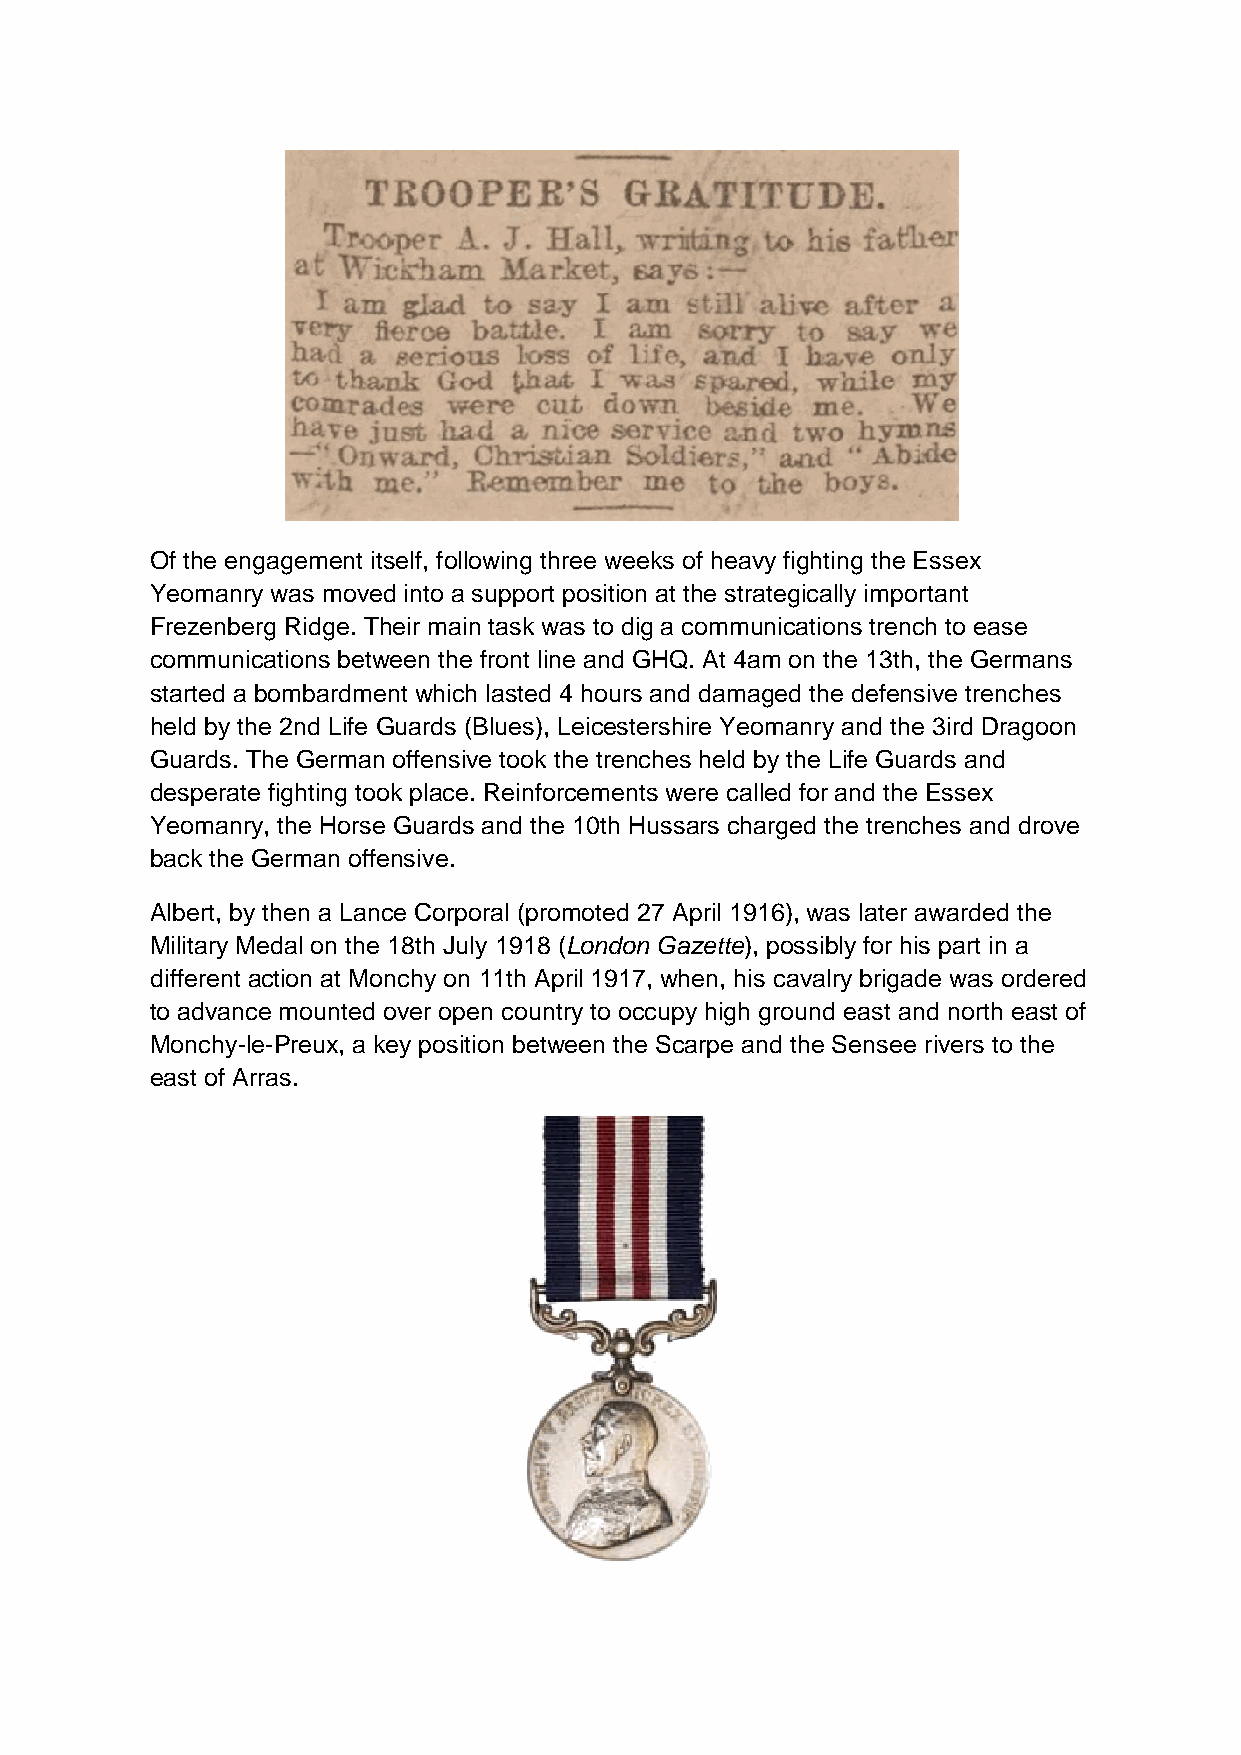
Of the engagement itself, following three weeks of heavy fighting the Essex
 Yeomanry was moved into a support position at the strategically important
 Frezenberg Ridge. Their main task was to dig a communications trench to ease
 communications between the front line and GHQ. At 4am on the 13th, the Germans
 started a bombardment which lasted 4 hours and damaged the defensive trenches
 held by the 2nd Life Guards (Blues), Leicestershire Yeomanry and the 3ird Dragoon
 Guards. The German offensive took the trenches held by the Life Guards and
 desperate fighting took place. Reinforcements were called for and the Essex
 Yeomanry, the Horse Guards and the 10th Hussars charged the trenches and drove
 back the German offensive.
 Albert, by then a Lance Corporal (promoted 27 April 1916), was later awarded the
 Military Medal on the 18th July 1918 (London Gazette), possibly for his part in a
 different action at Monchy on 11th April 1917, when, his cavalry brigade was ordered
 to advance mounted over open country to occupy high ground east and north east of
 Monchy-le-Preux, a key position between the Scarpe and the Sensee rivers to the
 east of Arras.